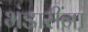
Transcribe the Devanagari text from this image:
भंडारींना